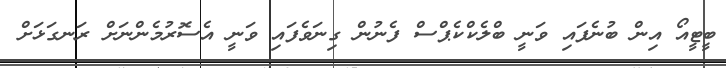
ބީޓީއޯ އިން ބުނެފައި ވަނީ ބްލެކްކެޕްސް ފެނުން ގިނަވެފައި ވަނީ އެސޮރުމެންނަށް ރަނގަޅަށް